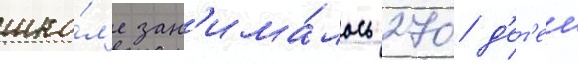
шко́л'е зан'има́лось 270 д'ет'еи